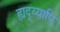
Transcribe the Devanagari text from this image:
ह्यद्य्यापि